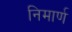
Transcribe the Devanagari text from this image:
निमार्ण